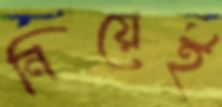
নিয়েই